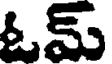
ఓమ్